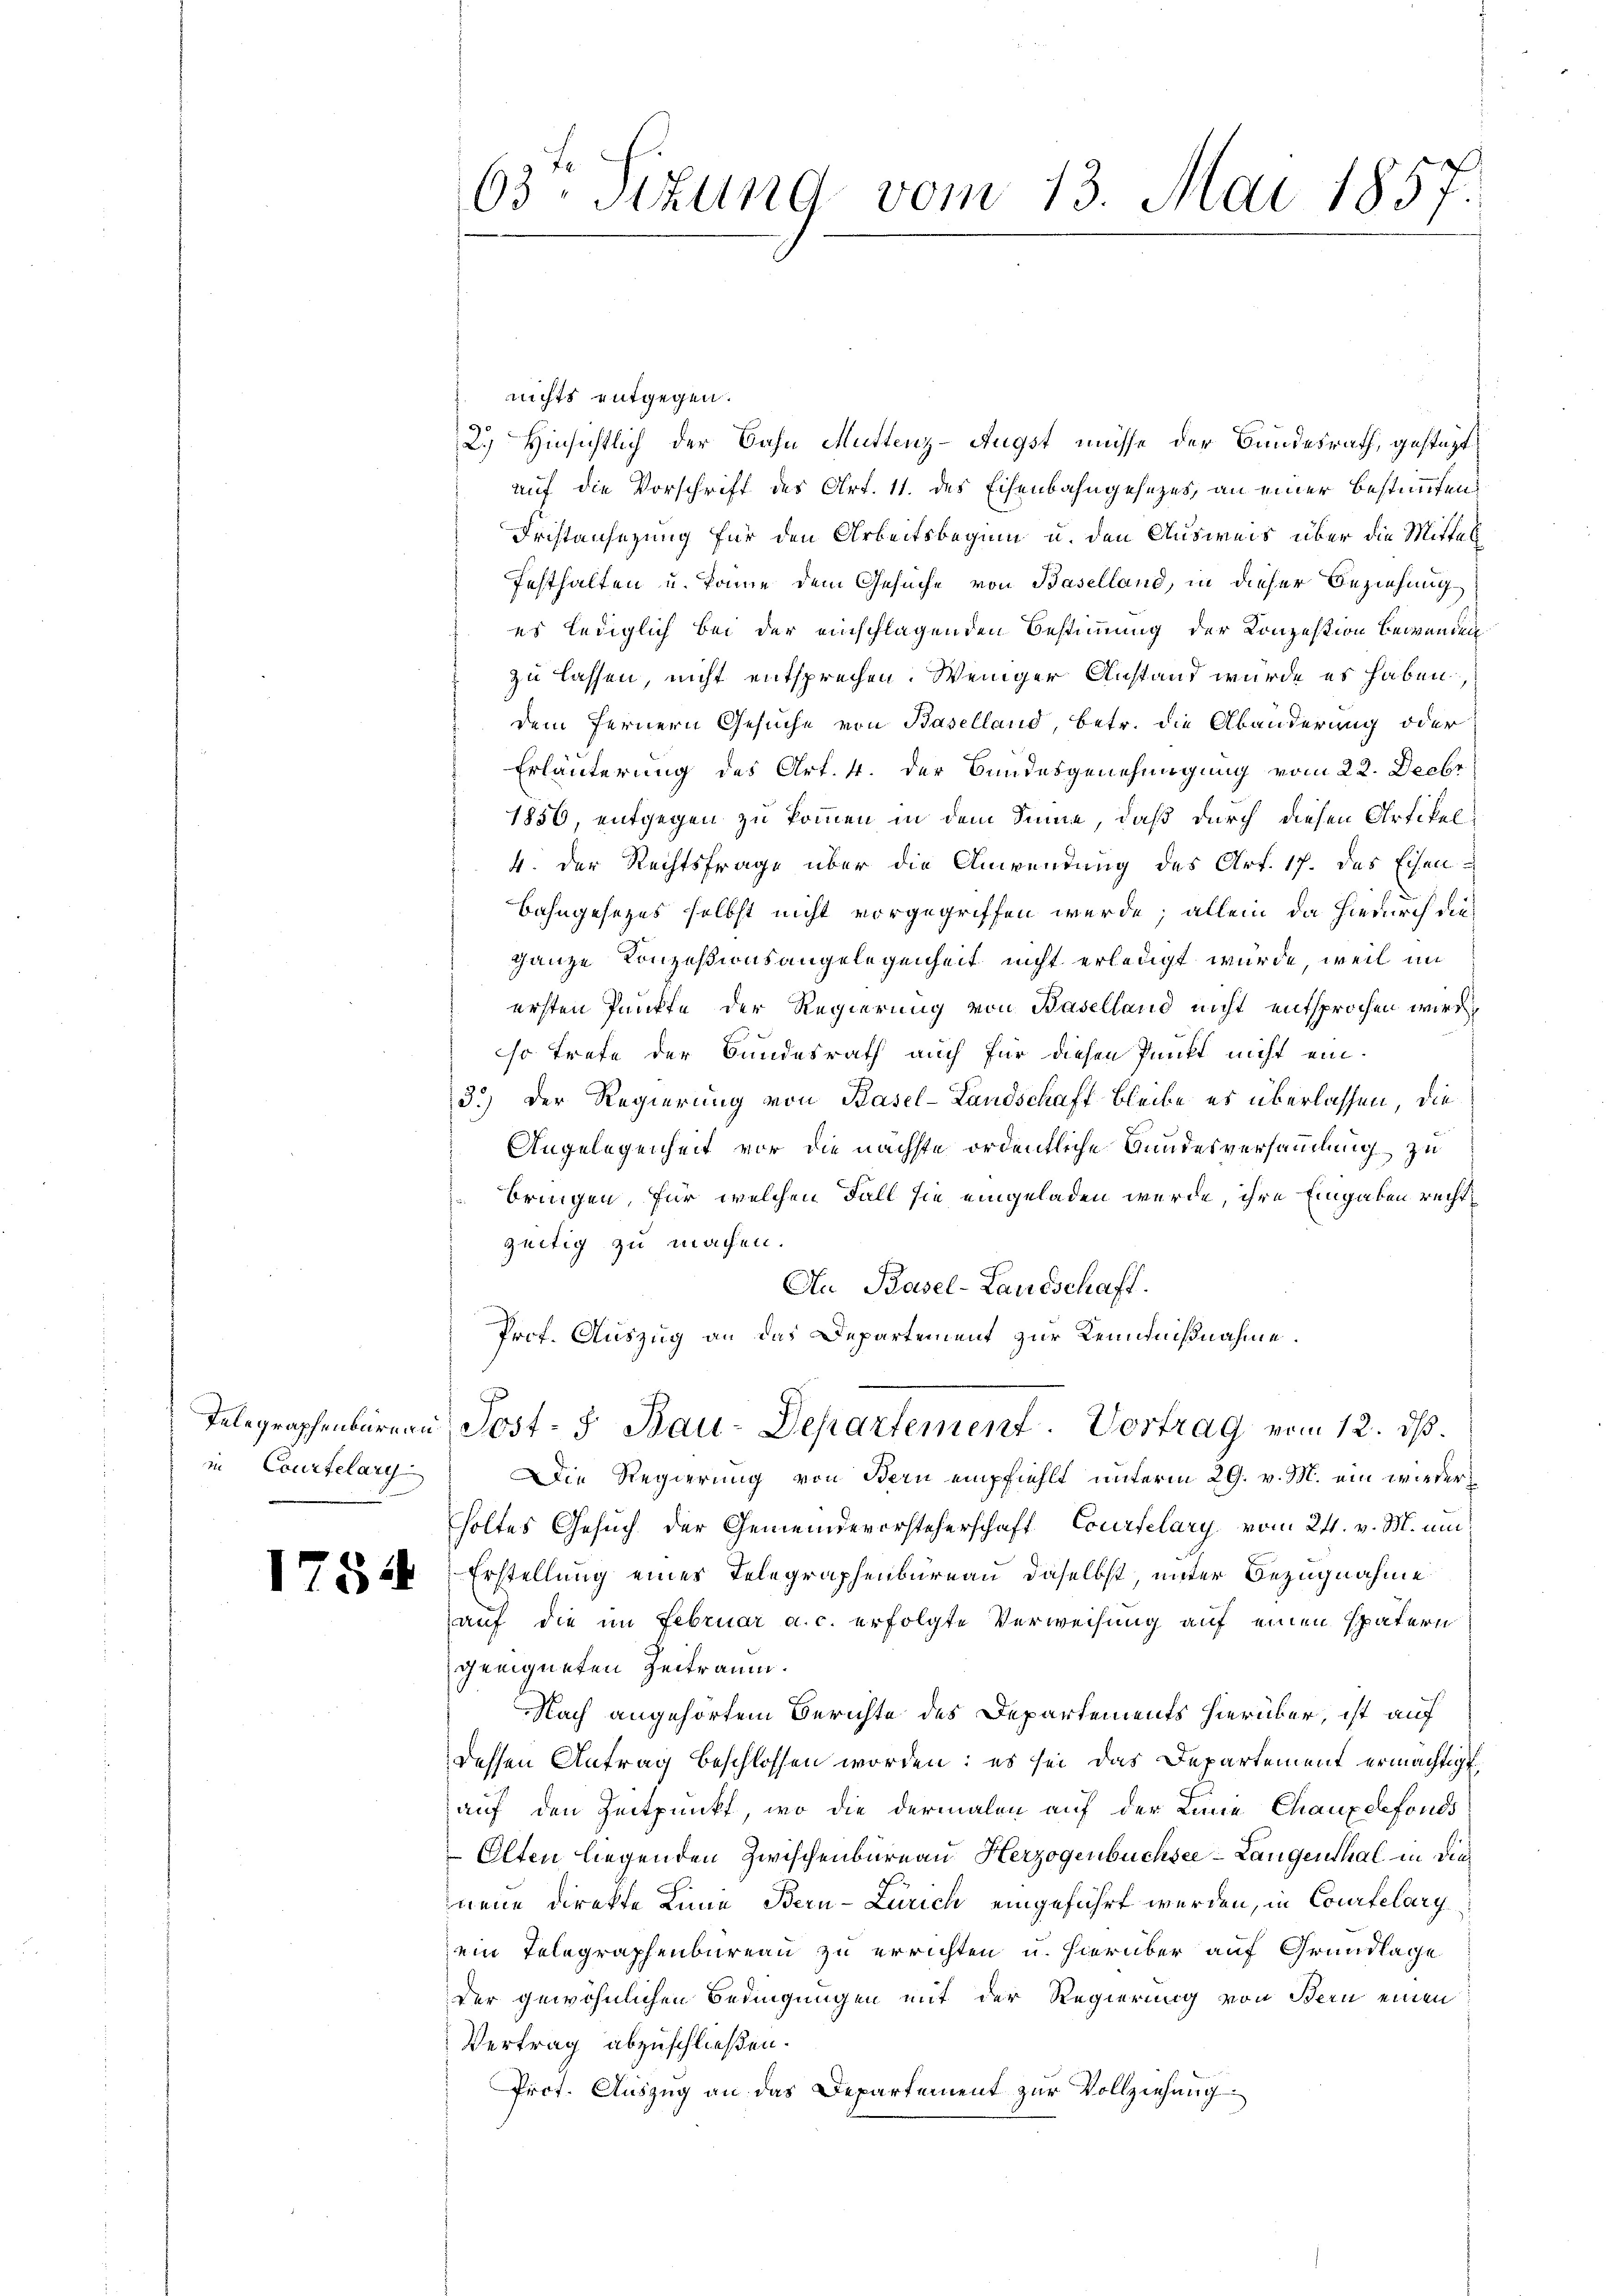
Telegraphenbareau
in Courtelary

63: Stzung vom 13. Mai 1857.

nichts entgegen.
2.) Hinsichtlich der Bahn Muttenz-Augst müsse der Bundesrath, gestüzt
auf die Vorschrift des Art. 11. des Eisenbahngesezes, an einer bestimmtend
Fristansezung für den Arbeitsbeginn u. den Ausweis über die Mittel
festhalten u. könne dem Gesuche von Baselland, in dieser Beziehung
es lediglich bei der einschlagenden Bestimmung der Konzestion bewenden
zu lassen, nicht entsprechen. Weniger Anstand würde es haben,
dem fernern Gesuche von Baselland, betr. die Abänderung oder
Erläuterung des Art. 4. der Bundesgenehmigung vom 22. Decbr
1856, entgegen zu kommen in dem Sinne, daß durch diesen Artikel¬
4. Der Rechtsfrage über die Anwendung des Art. 17. das Eisen¬
Bahngesezes selbst nicht vorgegriffen werde; allein da hiedurch dieganze Konzessionsangelegenheit nicht erledigt wurde, weil im
ersten Punkte der Regierung von Baselland nicht entsprochen wird
so trete der Bundesrath auch für diesen Punkt nicht ein¬
3.) Der Regierung von Basel-Landschaft bleibe es überlassen, die
Angelegenheit vor die nächste ordentliche Bundesversammlung zu
bringen, für welchen Fall sie eingeladen werde, ihre Eingaben rechtzeitig zu machen.
Au Basel-Landschaft.
Prof. Auszug an das Departement zur Kenntnißnahme.
Post- J. Bau-Departement. Vortrag vom 12. ds.
Die Regierung von Bern empfiehlt unterm 29. v. M. ein wiederholtes Gesuch der Gemeindevorsteherschaft Courtelary vom 21. v. M. um
 ist Erstellung eines Telegraphenbureau daselbst, unter Bezugnahme
auf die im Februar a. c. erfolgte Verweisung auf einen spätern
geeigneten Zeitraum.
Nach angehörtem Berichte des Departements hierüber, ist auf
dessen Antrag beschlossen worden: es sei das Departement ermächtigt,
auf den Zeitpunkt, wo die dermalen auf der Linie Chauxdefonds
Olten liegenden Zwischenbureau Herzogenbüchsee-Langenthal in die
nene Direkte Linie Bern-Zürich eingeführt werden, in Courtelary
ein Telegraphenbureau zu errichten u. hierüber auf Grundlage
der gewöhnlichen Bedingungen mit der Regierung von Bern einen
Vertrag abzuschließen.
Prot. Auszug an das Departement zur Vollziehung